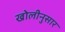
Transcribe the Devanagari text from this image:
खोलीनुसार